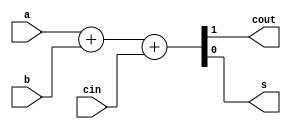
module fullAdderB(cout, s, a, b, cin);
	output cout;
	output s;
	input a;
	input b;
	input cin;
	assign {cout,s} = a+b+cin;
	/*reg cout, s;
	always @(a,b,cin)
		begin
			{cout,s} = a+b+cin;
		end*/
endmodule